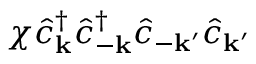
\chi \hat { c } _ { \mathbf { k } } ^ { \dagger } \hat { c } _ { \mathbf { - k } } ^ { \dagger } \hat { c } _ { \mathbf { - k ^ { \prime } } } \hat { c } _ { \mathbf { k ^ { \prime } } }